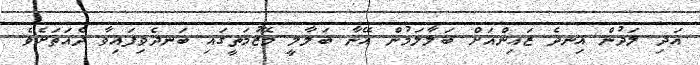
އަދި ލަދުން އިނދެ ޒައިންއަށް ބަލާލަމުން އޭނާ ބަލާލީ މޭޒުމަތީގައި ބަނދެވިފައިވާ ދެއަތަށެވެ.